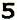
5